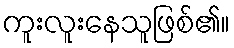
ကူးလူးနေသူဖြစ်၏။